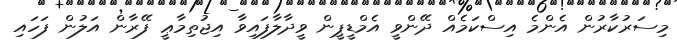
މިސަރުކާރުން އެންމެ އިސްކަމެއް ދޭންވީ އެމްޑީޕީން ވީދާލާފައިވާ އިޖުތިމާޢީ ފޭރާން އަލުން ފަހައި